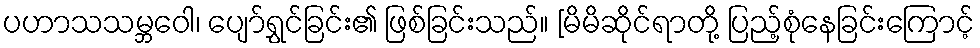
ပဟာသသမ္ဘဝေါ၊ ပျော်ရွှင်ခြင်း၏ ဖြစ်ခြင်းသည်။ [မိမိဆိုင်ရာတို့ ပြည့်စုံနေခြင်းကြောင့်